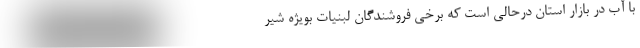
با آب در بازار استان درحالی است که برخی فروشندگان لبنیات بویژه شیر